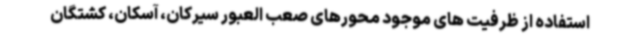
استفاده از ظرفیت های موجود محورهای صعب العبور سیرکان، آسکان، کشتگان